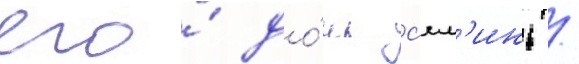
его́ до́чь с'ял'инь /